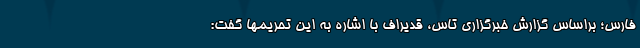
فارس؛ براساس گزارش خبرگزاری تاس، قدیراف با اشاره به این تحریمها گفت: